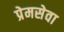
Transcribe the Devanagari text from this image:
प्रेमसेवा